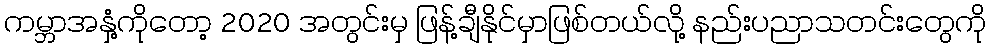
ကမ္ဘာအနှံ့ကိုတော့ 2020 အတွင်းမှ ဖြန့်ချီနိုင်မှာဖြစ်တယ်လို့ နည်းပညာသတင်းတွေကို